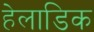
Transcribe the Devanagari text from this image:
हेलाडिक